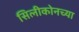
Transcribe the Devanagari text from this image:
सिलीकोनच्या